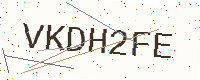
Text: VKDH2FE